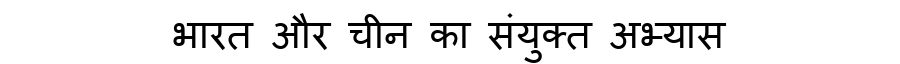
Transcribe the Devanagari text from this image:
भारत और चीन का संयुक्त अभ्यास